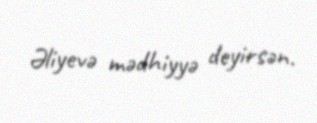
Əliyevə mədhiyyə deyirsən.